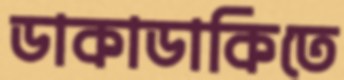
ডাকাডাকিতে